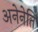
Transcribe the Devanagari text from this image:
अनेनेति